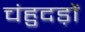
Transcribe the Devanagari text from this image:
चंहुदड़ों